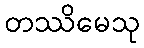
တဿိမေသု